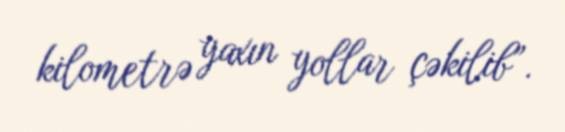
kilometrə yaxın yollar çəkilib”.